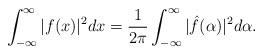
LaTeX: \begin{align*}\int_{-\infty}^{\infty} | f(x) |^2 dx = \frac{1}{2\pi} \int_{-\infty}^{\infty} | \hat{f}(\alpha) |^2 d\alpha.\end{align*}